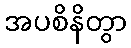
အပစိနိတွာ